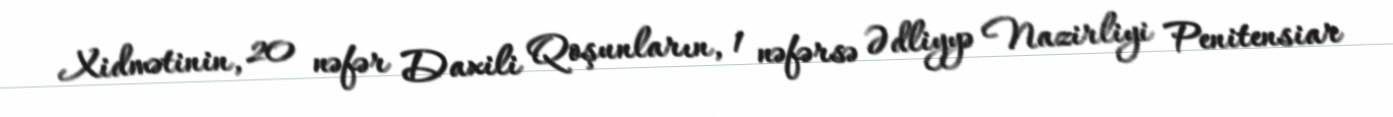
Xidmətinin, 20 nəfər Daxili Qoşunların, 1 nəfərsə Ədliyyə Nazirliyi Penitensiar